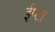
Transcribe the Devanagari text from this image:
ईप्टा